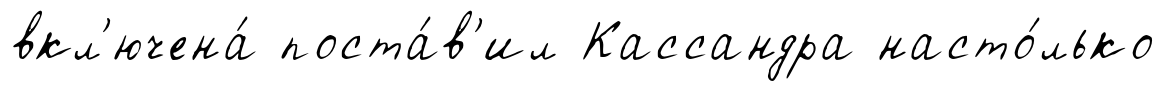
вкл'ючена́ поста́в'ил Кассандра насто́лько